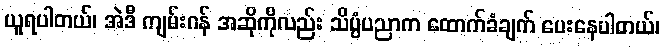
ယူရပါတယ်၊ အဲဒီ ကျမ်းဂန် အဆိုကိုလည်း သိပ္ပံပညာက ထောက်ခံချက် ပေးနေပါတယ်၊